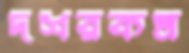
দশরকম